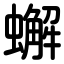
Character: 蠏